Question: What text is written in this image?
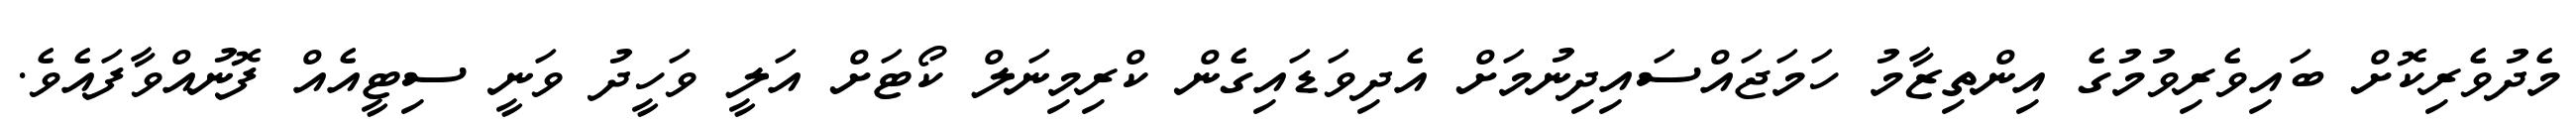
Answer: މެދުވެރިކޮށް ބައިވެރިވުމުގެ އިންތިޒާމު ހަމަޖައްސައިދިނުމަށް އެދިވަޑައިގެން ކްރިމިނަލް ކޯޓަށް އަލީ ވަހީދު ވަނީ ސިޓީއެއް ފޮނުއްވާފައެވެ.